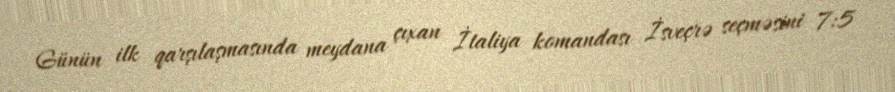
Günün ilk qarşılaşmasında meydana çıxan İtaliya komandası İsveçrə seçməsini 7:5